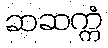
ဆဆက္ကံ